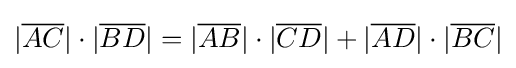
|{\overline {AC}}|\cdot |{\overline {BD}}|=|{\overline {AB}}|\cdot |{\overline {CD}}|+|{\overline {AD}}|\cdot |{\overline {BC}}|